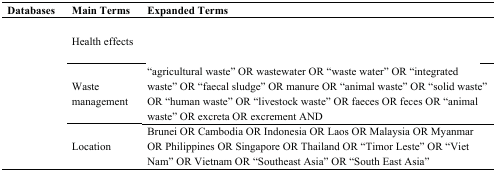
<table><thead><tr><td><b>Databases</b></td><td><b>Main Terms</b></td><td><b>Expanded Terms</b></td></tr></thead><tbody><tr><td rowspan="3">[EMPTY_CELL]</td><td>Health effects</td><td>[EMPTY_CELL]</td></tr><tr><td>Waste management</td><td>“agricultural waste” OR wastewater OR “waste water” OR “integrated waste” OR “faecal sludge” OR manure OR “animal waste” OR “solid waste” OR “human waste” OR “livestock waste” OR faeces OR feces OR “animal waste” OR excreta OR excrement AND</td></tr><tr><td>Location</td><td>Brunei OR Cambodia OR Indonesia OR Laos OR Malaysia OR Myanmar OR Philippines OR Singapore OR Thailand OR “Timor Leste” OR “Viet Nam” OR Vietnam OR “Southeast Asia” OR “South East Asia”</td></tr></tbody></table>